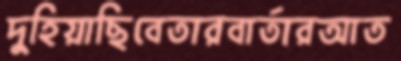
দুহিয়াছিবেতারবার্তারআত